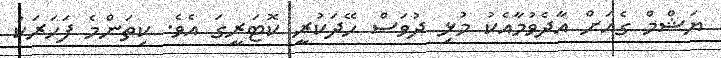
ޔަޝްމް ގެއަށް އާދެވުމާއެކު މުޅި ދުވަސް ހޭދަކުރީ ކޮޓަރީގަ އެވެ. ކިތަންމެ ފަހަރަކު